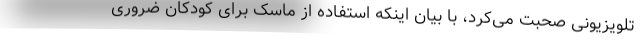
تلویزیونی صحبت می‌کرد، با بیان اینکه استفاده از ماسک برای کودکان ضروری